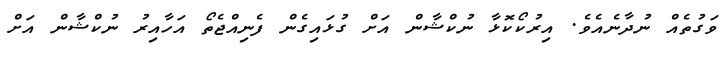
ވަގުތެއް ނުދާނެއެވެ. އިރުކޯކޮޅާ ނުކްޝާން އަށް ގުޅައިގެން ފެނިއްޖެތޯ އަހާއިރު ނުކްޝާން އަށް